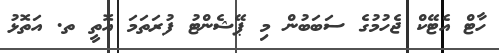
ހާޓް އެޓޭކް ޖެހުމުގެ ސަބަބުން މި ޕޭޝެންޓު ފުރަތަމަ އޮތީ ތ. އަތޮޅު